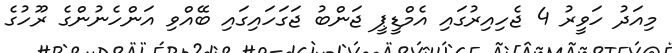
މިއަދު ހަވީރު 4 ޖެހިއިރުގައި އެމްޑީޕީ ޖަންބު ޖަގަހައިގައި ބޭއްވި އަންހެނުންގެ ރޫހުގެ